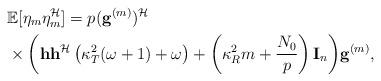
LaTeX: \begin{align*}&\mathbb{E}[\eta_{m}\eta^{\mathcal{H}}_{m}]=p(\mathbf{g}^{(m)})^{\mathcal{H}}\\&\times \bigg(\mathbf{h}\mathbf{h}^{\mathcal{H}}\left(\kappa^{2}_{T}(\omega+1)+\omega\right)+\left(\kappa^{2}_{R}m+\frac{N_{0}}{p}\right)\mathbf{I}_{n}\bigg)\mathbf{g}^{(m)},\end{align*}